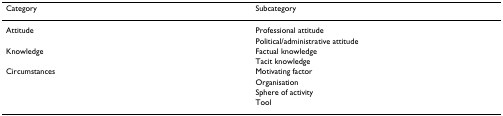
| Category | Subcategory |
 | --- | --- |
 | Attitude | Professional attitude |
 |  | Political/administrative attitude |
 | Knowledge | Factual knowledge |
 |  | Tacit knowledge |
 | Circumstances | Motivating factor |
 |  | Organisation |
 |  | Sphere of activity |
 |  | Tool |